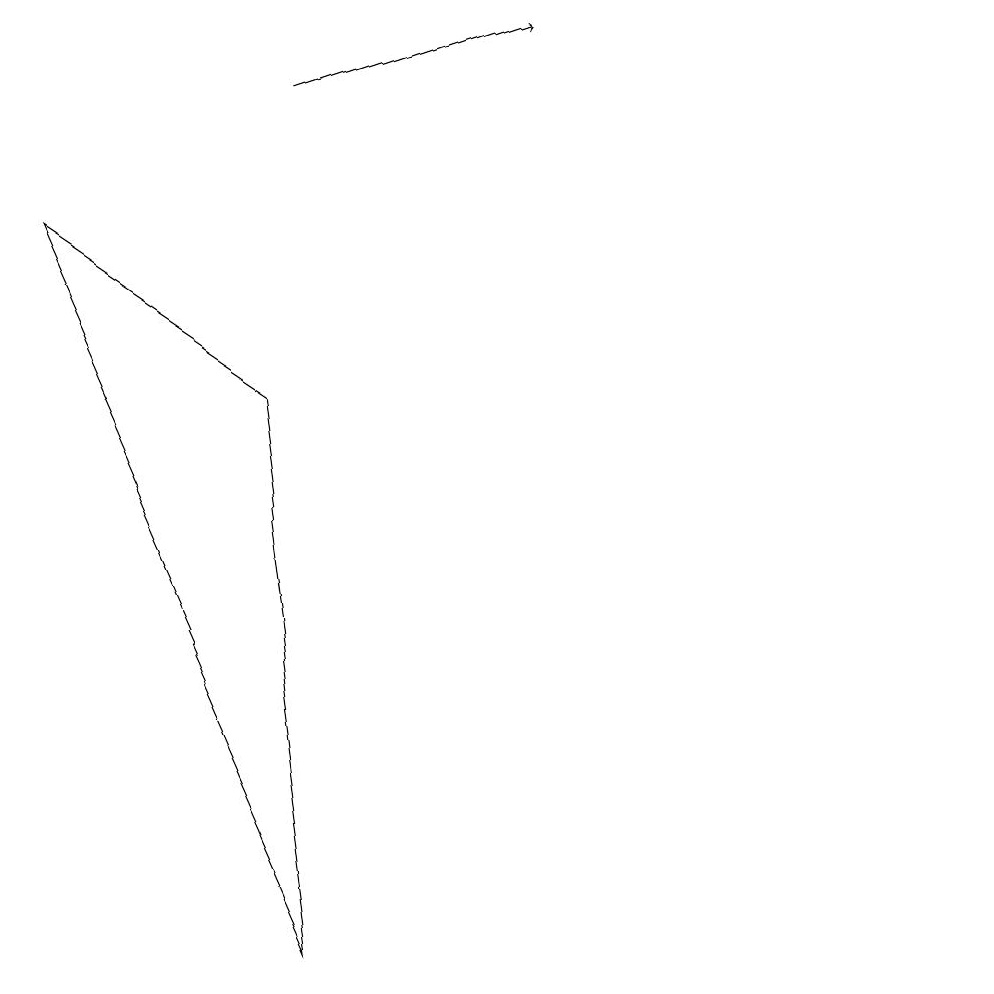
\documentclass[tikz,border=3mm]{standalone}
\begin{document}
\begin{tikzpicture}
\draw (12,11) circle (0);
\draw[->] (3,11) -- (6,12);
\draw (0,9) -- (4,0) -- (3,7) -- cycle;
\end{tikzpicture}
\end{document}